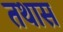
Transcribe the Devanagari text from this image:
तथास